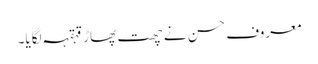
معروف حسن نے چھت پھاڑ قہقہہ لگایا۔